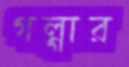
গল্গার